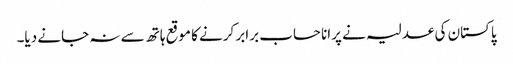
پاکستان کی عدلیہ نے پرانا حساب برابر کرنے کا موقع ہاتھ سے نہ جانے دیا۔